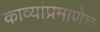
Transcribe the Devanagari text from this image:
काव्यांप्रमाणेच